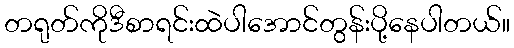
တရုတ်ကိုဒီစာရင်းထဲပါအောင်တွန်းပို့နေပါတယ်။